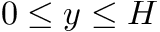
0 \le y \le H